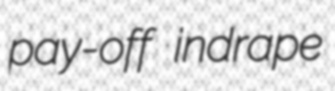
pay-off indrape